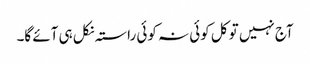
آج نہیں تو کل کوئی نہ کوئی راستہ نکل ہی آئے گا۔